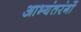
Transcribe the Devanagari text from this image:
आभ्यंतरंगों